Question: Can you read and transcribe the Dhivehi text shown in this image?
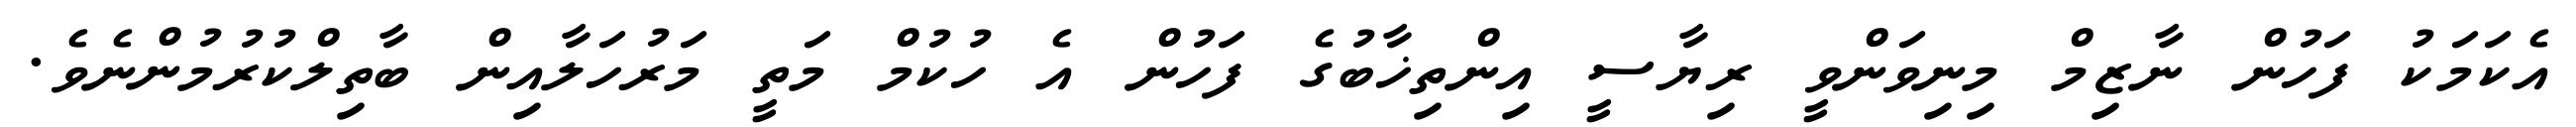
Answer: އެކަމަކު ފަހުން ނާޒިމް މިނިވަންވީ ރިޔާސީ އިންތިޚާބުގެ ފަހުން އެ ހުކުމް މަތީ މަރުހަލާއިން ބާތިލްކުރުމުންނެވެ.